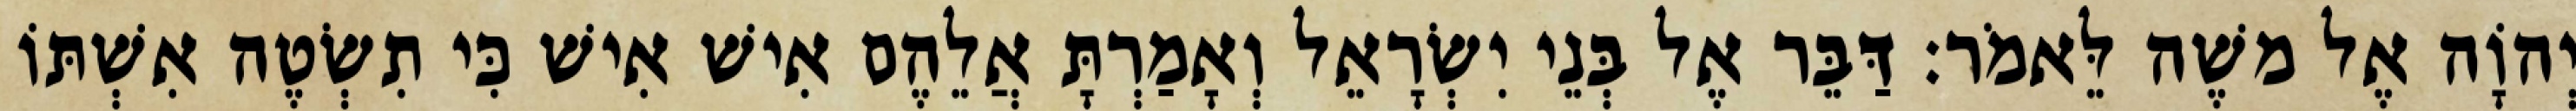
יְהוָֹה אֶל משֶׁה לֵּאמֹר׃ דַּבֵּר אֶל בְּנֵי יִשְׂרָאֵל וְאָמַרְתָּ אֲלֵהֶם אִישׁ אִישׁ כִּי תִשְׂטֶה אִשְׁתּוֹ